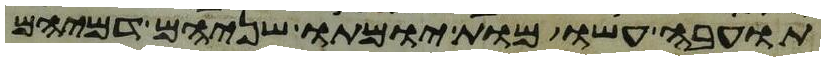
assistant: תועבה עשו מות יומתו שניהם דמיהם